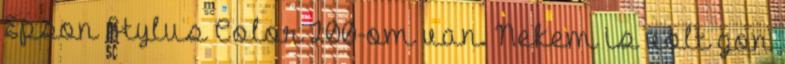
Epson Stylus Color 200-om van. Nekem is volt gon